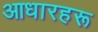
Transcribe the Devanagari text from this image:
आधारहरू